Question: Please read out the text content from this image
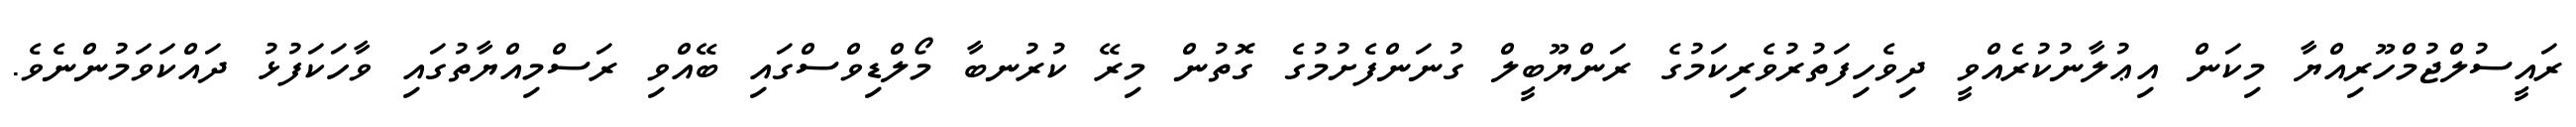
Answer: ރައީސުލްޖުމްހޫރިއްޔާ މިކަން އިޢުލާނުކުރެއްވީ ދިވެހިފަތުރުވެރިކަމުގެ ރަންޔޫބީލް ގުނަންފެށުމުގެ ގޮތުން މިރޭ ކުރުނބާ މޯލްޑިވްސްގައި ބޭއްވި ރަސްމިއްޔާތުގައި ވާހަކަފުޅު ދައްކަވަމުންނެވެ.